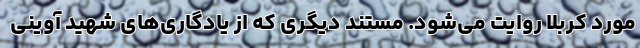
مورد کربلا روایت می‌شود. مستند دیگری که از یادگاری‌های شهید آوینی